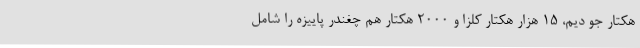
هکتار جو دیم، 15 هزار هکتار کلزا و 2000 هکتار هم چغندر پاییزه را شامل